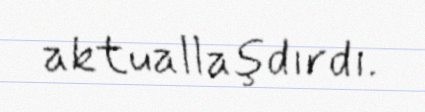
aktuallaşdırdı.